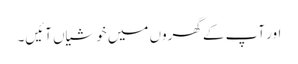
اور آپ کے گھروں میں خوشیاں آئیں۔